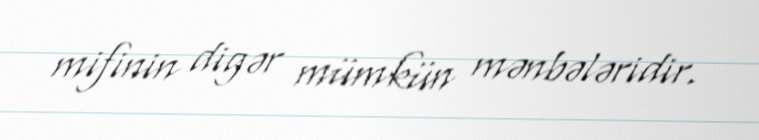
mifinin digər mümkün mənbələridir.